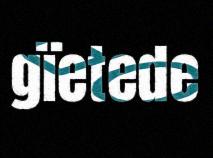
gïetede